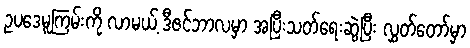
ဥပဒေမူကြမ်းကို လာမယ့် ဒီဇင်ဘာလမှာ အပြီးသတ်ရေးဆွဲပြီး လွှတ်တော်မှာ